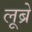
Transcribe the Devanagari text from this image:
लूब्रे